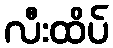
လီးထိပ်